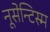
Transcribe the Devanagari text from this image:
नूसेन्टिस्म